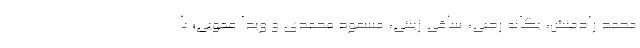
محمد رادمنش، یگانه رجبی، ساقی زینتی، مسعود محمدی و ویدا عمویی؛ با